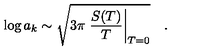
\log a _ { k } \sim \sqrt { 3 \pi \left. \frac { S ( T ) } { T } \right| _ { T = 0 } } \quad .